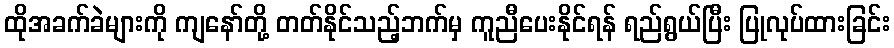
ထိုအခက်ခဲများကို ကျနော်တို့ တတ်နိုင်သည့်ဘက်မှ ကူညီပေးနိုင်ရန် ရည်ရွယ်ပြီး ပြုလုပ်ထားခြင်း